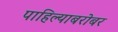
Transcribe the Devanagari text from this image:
पाहिल्याबरोबर